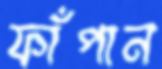
ফাঁপান